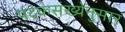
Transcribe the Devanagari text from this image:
पदकसंख्येनुसार